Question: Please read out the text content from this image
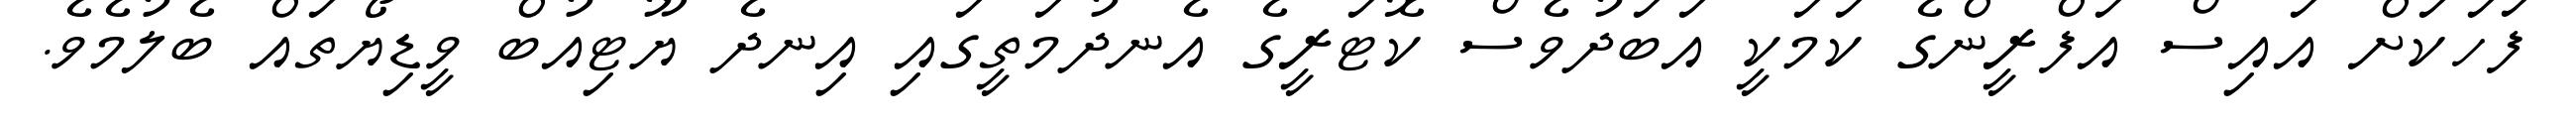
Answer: ފަހަކަށް އައިސް އަފްރީންގެ ކަމަކީ އަބަދުވެސް ކޮޓަރީގެ އެނދުމަތީގައި އިނދެ ޔޫޓިއުބް ވީޑިޔޯތައް ބެލުމެވެ.